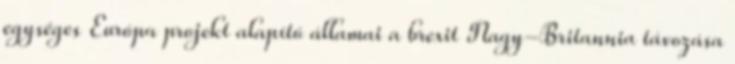
egységes Európa projekt alapító államai a brexit Nagy-Britannia távozása